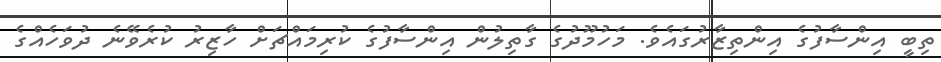
ތިބީ އިންސާފުގެ އިންތިޒާރުގައެވެ. މަހުމޫދުގެ ގާތިލުން އިންސާފުގެ ކުރިމައްޗަށް ހާޒިރު ކުރެވޭނެ ދުވަހެއްގެ